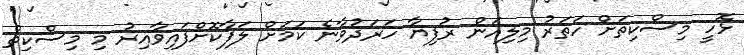
ޅޮހީ މިސްކިތަށް ހަތަރު މިލިއަން ރުފިޔާ ހަރަދުވާނެ ކަމަށް ލަފާކޮށްފައިވާއިރު މި މިސްކިތް